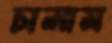
চালাম